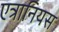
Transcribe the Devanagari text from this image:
एत्रानियस